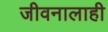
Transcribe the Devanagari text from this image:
जीवनालाही